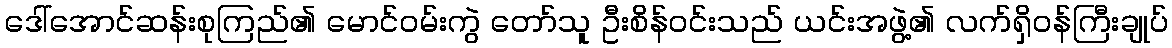
ဒေါ်အောင်ဆန်းစုကြည်၏ မောင်ဝမ်းကွဲ တော်သူ ဦးစိန်ဝင်းသည် ယင်းအဖွဲ့၏ လက်ရှိဝန်ကြီးချုပ်